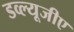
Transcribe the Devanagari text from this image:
डव्ल्यूजीए